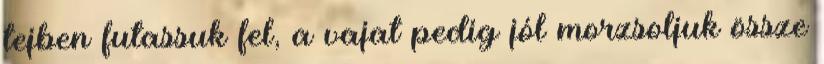
tejben futassuk fel, a vajat pedig jól morzsoljuk össze